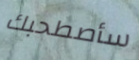
سأصطحبك